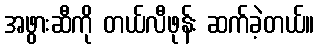
အဖွားဆီကို တယ်လီဖုန်း ဆက်ခဲ့တယ်။